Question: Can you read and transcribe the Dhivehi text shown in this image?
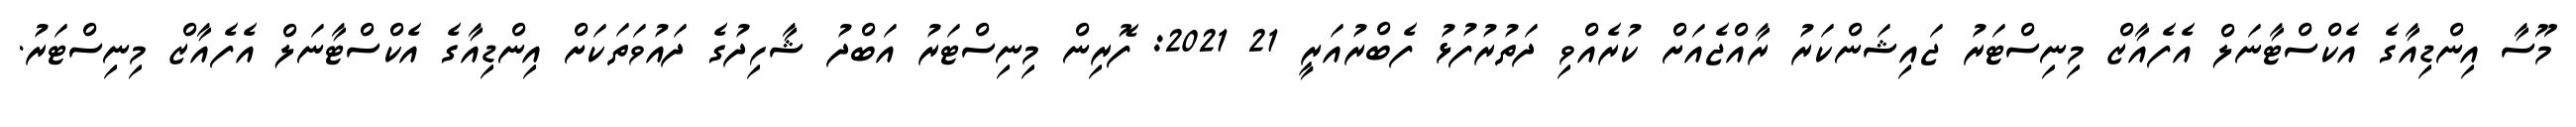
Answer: މޫސާ އިންޑިއާގެ އެކްސްޓާނަލް އެފެއާޒް މިނިސްޓަރު ޖައިޝަންކަރު ރާއްޖެއަށް ކުރެއްވި ދަތުރުފުޅު ފެބްރުއަރީ 21 2021: ފޮރިން މިނިސްޓަރު އަބްދު ޝާހިދުގެ ދައުވަތަކަށް އިންޑިއާގެ އެކްސްޓާނަލް އެފެއާޒް މިނިސްޓަރު.